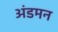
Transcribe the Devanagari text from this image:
अंडमन